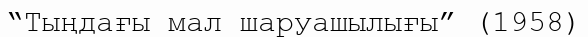
“Тыңдағы мал шаруашылығы” (1958)